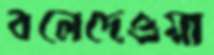
বলেদেওয়া